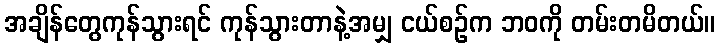
အချိန်တွေကုန်သွားရင် ကုန်သွားတာနဲ့အမျှ ငယ်စဉ်က ဘဝကို တမ်းတမိတယ်။